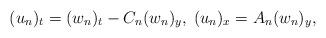
LaTeX: \begin{align*}(u_n)_t=(w_n)_t-C_n(w_n)_y,\; (u_n)_x={A_n}(w_n)_y,\end{align*}